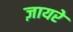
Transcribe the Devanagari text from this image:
ज़ायरे